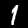
Digit: 1